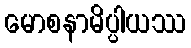
မောစနာမိပ္ပါယဿ